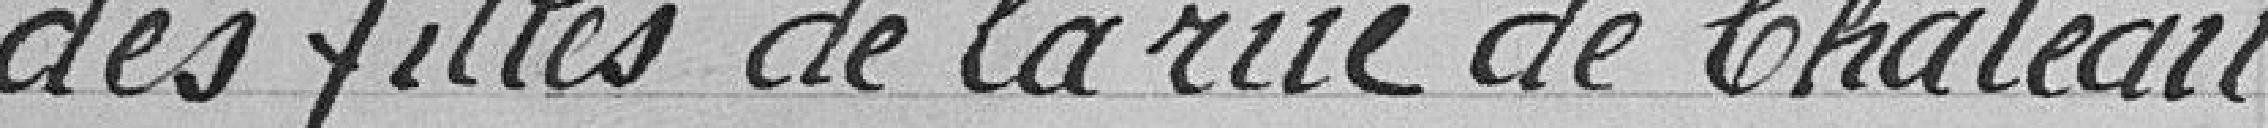
des filles de la rue de Chateau-